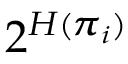
2 ^ { H ( \pmb { \pi } _ { i } ) }